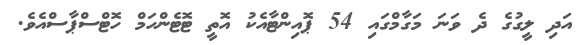
އަދި ލީގުގެ ދެ ވަނަ މަގާމްގައި 54 ޕޮއިންޓާއެކު އޮތީ ޓޮޓެންހަމް ހޮޓްސްޕާސްއެވެ.